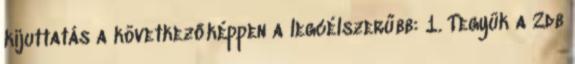
kijuttatás a következőképpen a legcélszerűbb: 1. Tegyük a 2db